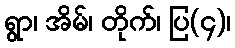
ရွာ၊ အိမ်၊ တိုက်၊ ပြ(၄)၊